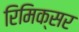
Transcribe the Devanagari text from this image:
रिमिक्सर